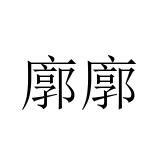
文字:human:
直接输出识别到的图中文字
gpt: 廓廓